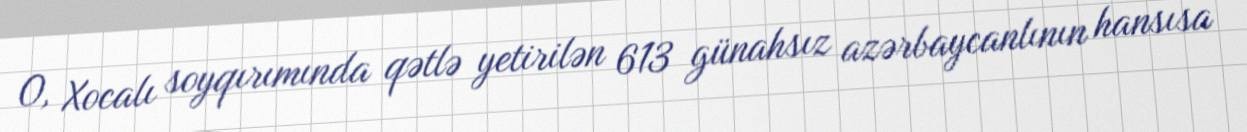
O, Xocalı soyqırımında qətlə yetirilən 613 günahsız azərbaycanlının hansısa